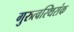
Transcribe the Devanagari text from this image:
गुरुत्वस्थिरांक